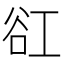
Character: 䜫